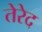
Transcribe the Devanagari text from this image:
तेरेद